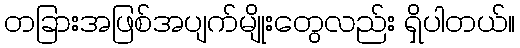
တခြားအဖြစ်အပျက်မျိုးတွေလည်း ရှိပါတယ်။